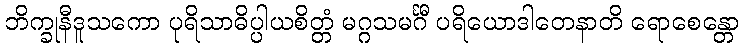
ဘိက္ခုနီဒူသကော ပုရိသာဓိပ္ပါယစိတ္တံ မဂ္ဂသမင်္ဂီ ပရိယောဒါတေနာတိ ရောစေန္တော